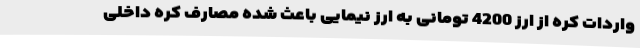
واردات کره از ارز 4200 تومانی به ارز نیمایی باعث شده مصارف کره داخلی